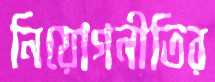
নিয়োগনীতির